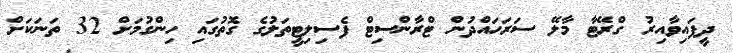
ދީފައިވާއިރު ގްރޭޓާ މާލޭ ސަރަހައްދުން ޓްރާންސިޓް ފެސިލިޓީތަލުގެ ގޮތުގައި ހިންގުުމަށް 32 ތަނަކަށް